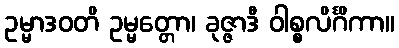
ဥမ္မာဒဝတိ ဥမ္မတ္တော၊ ခုဇ္ဇာဒီ ဝါစ္စလိင်္ဂိကာ။